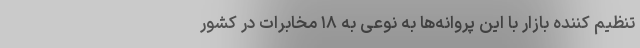
تنظیم کننده بازار با این پروانه‌ها به نوعی به ۱۸ مخابرات در کشور